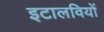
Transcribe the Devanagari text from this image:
इटालवियों